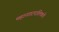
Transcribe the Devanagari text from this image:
महानगरपालिकचे